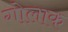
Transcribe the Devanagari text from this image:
गोलाक